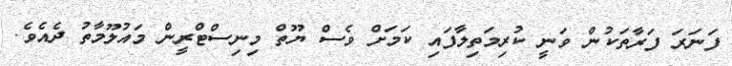
ފަނަރަ ފަރާތަކުން ވަނީ ކުރިމަތިލާފައި ކަމަށް ވެސް ޔޫތް މިނިސްޓްރީން މައުލޫމާތު ދެއެވެ.